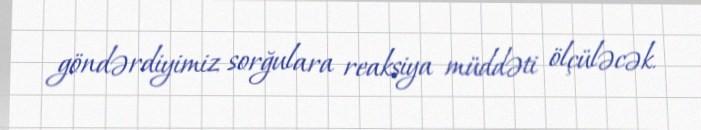
göndərdiyimiz sorğulara reaksiya müddəti ölçüləcək.